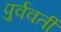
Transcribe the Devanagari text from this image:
पुर्ववर्ती